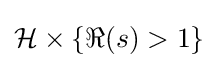
{\mathcal {H}}\times \{\Re (s)>1\}